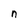
Character: n